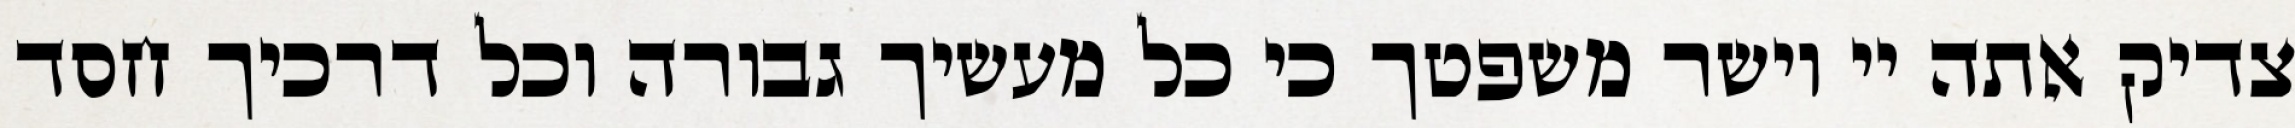
צדיק אתה יי וישר משפטך כי כל מעשיך גבורה וכל דרכיך חסד